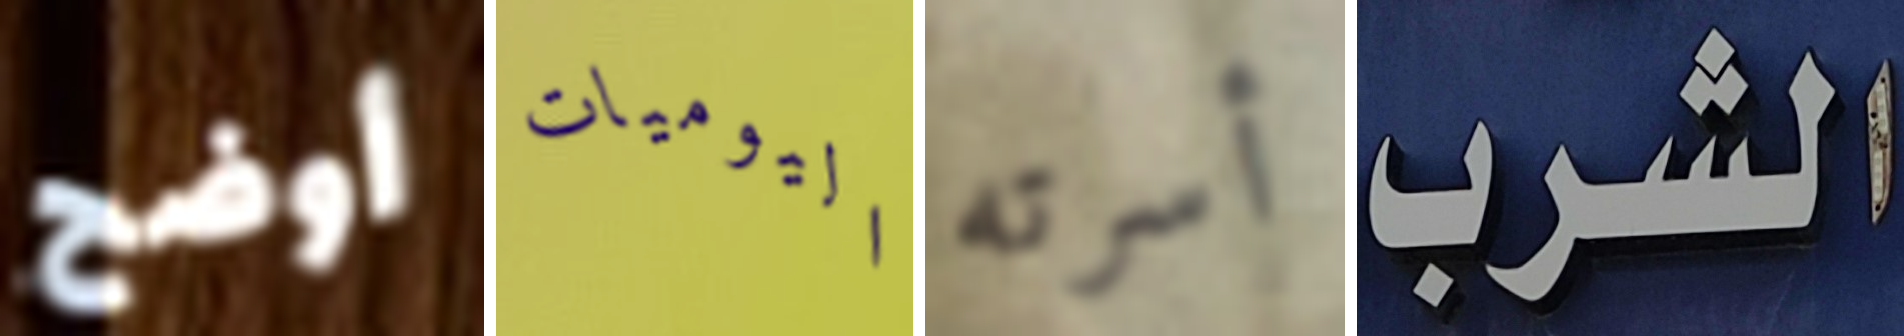
أوضح اليوميات أسرته الشرب